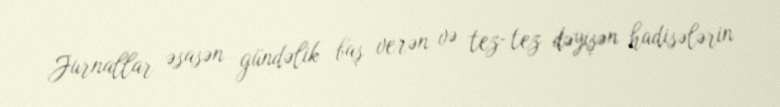
Jurnallar əsasən gündəlik baş verən və tez-tez dəyişən hadisələrin